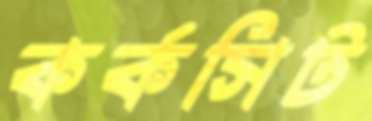
কর্কসিট